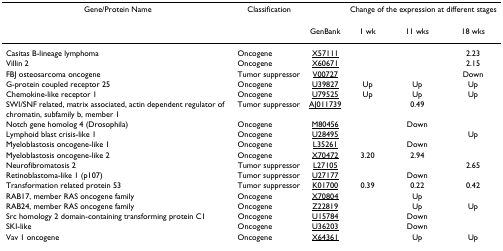
<table><thead><tr><td><b>Gene/Protein Name</b></td><td><b>Classification</b></td><td></td><td colspan="3"><b>Change of the expression at different stages</b></td></tr><tr><td></td><td></td><td><b>GenBank</b></td><td><b>1 wk</b></td><td><b>11 wks</b></td><td><b>18 wks</b></td></tr></thead><tbody><tr><td>Casitas B-lineage lymphoma</td><td>Oncogene</td><td>X57111</td><td></td><td></td><td>2.23</td></tr><tr><td>Villin 2</td><td>Oncogene</td><td>X60671</td><td></td><td></td><td>2.15</td></tr><tr><td>FBJ osteosarcoma oncogene</td><td>Tumor suppressor</td><td>V00727</td><td></td><td></td><td>Down</td></tr><tr><td>G-protein coupled receptor 25</td><td>Oncogene</td><td>U39827</td><td>Up</td><td>Up</td><td>Up</td></tr><tr><td>Chemokine-like receptor 1</td><td>Oncogene</td><td>U79525</td><td>Up</td><td>Up</td><td>Up</td></tr><tr><td>SWI/SNF related, matrix associated, actin dependent regulator of chromatin, subfamily b, member 1</td><td>Tumor suppressor</td><td>AJ011739</td><td></td><td>0.49</td><td></td></tr><tr><td>Notch gene homolog 4 (Drosophila)</td><td>Oncogene</td><td>M80456</td><td></td><td>Down</td><td></td></tr><tr><td>Lymphoid blast crisis-like 1</td><td>Oncogene</td><td>U28495</td><td></td><td></td><td>Up</td></tr><tr><td>Myeloblastosis oncogene-like 1</td><td>Oncogene</td><td>L35261</td><td></td><td>Down</td><td></td></tr><tr><td>Myeloblastosis oncogene-like 2</td><td>Oncogene</td><td>X70472</td><td>3.20</td><td>2.94</td><td></td></tr><tr><td>Neurofibromatosis 2</td><td>Tumor suppressor</td><td>L27105</td><td></td><td></td><td>2.65</td></tr><tr><td>Retinoblastoma-like 1 (p107)</td><td>Tumor suppressor</td><td>U27177</td><td></td><td>Down</td><td></td></tr><tr><td>Transformation related protein 53</td><td>Tumor suppressor</td><td>K01700</td><td>0.39</td><td>0.22</td><td>0.42</td></tr><tr><td>RAB17, member RAS oncogene family</td><td>Oncogene</td><td>X70804</td><td></td><td>Up</td><td></td></tr><tr><td>RAB24, member RAS oncogene family</td><td>Oncogene</td><td>Z22819</td><td></td><td>Up</td><td>Up</td></tr><tr><td>Src homology 2 domain-containing transforming protein C1</td><td>Oncogene</td><td>U15784</td><td></td><td>Down</td><td></td></tr><tr><td>SKI-like</td><td>Oncogene</td><td>U36203</td><td></td><td>Down</td><td></td></tr><tr><td>Vav 1 oncogene</td><td>Oncogene</td><td>X64361</td><td></td><td>Up</td><td>Up</td></tr></tbody></table>